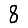
Digit: 8